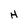
Character: H